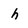
Character: h